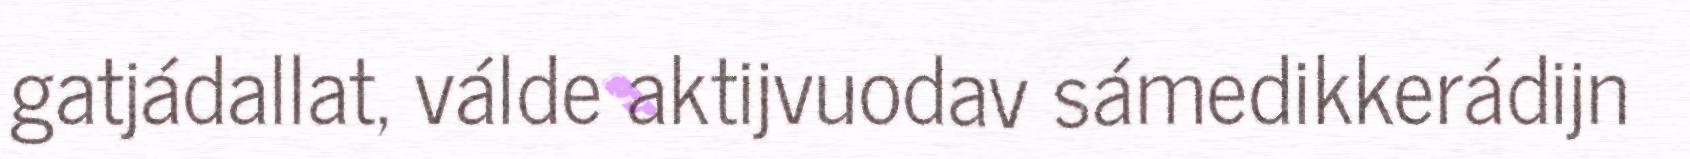
gatjádallat, válde aktijvuodav sámedikkerádijn